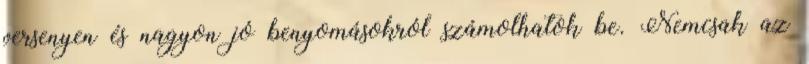
versenyen és nagyon jó benyomásokról számolhatok be. Nemcsak az